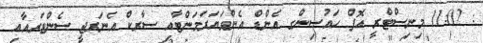
: 11:02 މިނިސްޓްރީ އޮފް ހައުސިންގ އެންޑް އެންވަޔަރަމަންޓާއި ސާރކް އެނަރޖީ ސެންޓަރއާއި